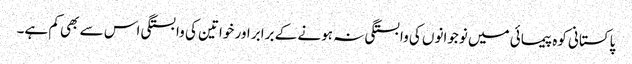
پاکستانی کوہ پیمائی میں نوجوانوں کی وابستگی نہ ہونے کے برابر اور خواتین کی وابستگی اس سے بھی کم ہے۔